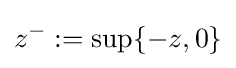
z^{-}:=\sup\{-z,0\}